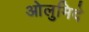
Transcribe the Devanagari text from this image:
ओलुमिदे